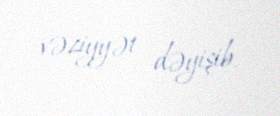
vəziyyət dəyişib.